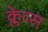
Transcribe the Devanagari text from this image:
क्लेव्स